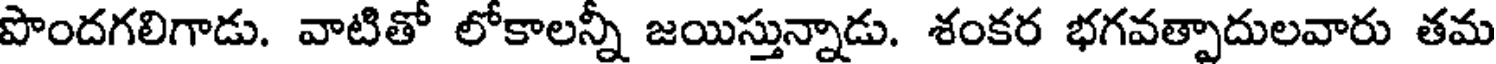
పొందగలిగాడు. వాటితో లోకాలన్నీ జయిస్తున్నాడు. శంకర భగవత్పాదులవారు తమ